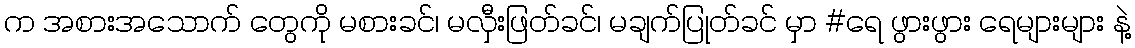
က အစားအသောက် တွေကို မစားခင်၊ မလှီးဖြတ်ခင်၊ မချက်ပြုတ်ခင် မှာ #ရေ ဖွားဖွား ရေများများ နဲ့